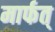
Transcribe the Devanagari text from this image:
मार्फत्‌